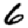
Digit: 6